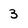
Character: 3